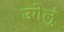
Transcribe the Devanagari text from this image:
उगेलुं